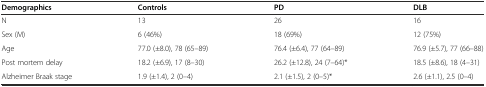
| Demographics | Controls | PD | DLB |
 | --- | --- | --- | --- |
 | N | 13 | 26 | 16 |
 | Sex (M) | 6 (46%) | 18 (69%) | 12 (75%) |
 | Age | 77.0 (±8.0), 78 (65–89) | 76.4 (±6.4), 77 (64–89) | 76.9 (±5.7), 77 (66–88) |
 | Post mortem delay | 18.2 (±6.9), 17 (8–30) | 26.2 (±12.8), 24 (7–64)* | 18.5 (±8.6), 18 (4–31) |
 | Alzheimer Braak stage | 1.9 (±1.4), 2 (0–4) | 2.1 (±1.5), 2 (0–5)* | 2.6 (±1.1), 2.5 (0–4) |